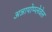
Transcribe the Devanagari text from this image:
अन्नापोप्प्लेवेल